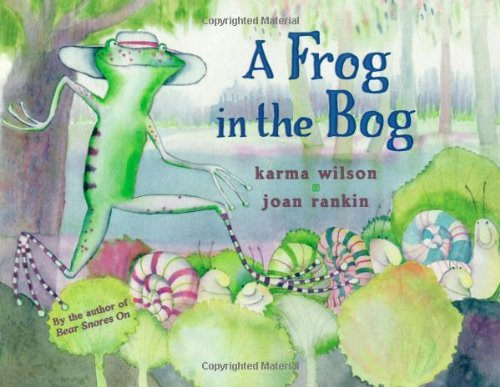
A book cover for A Frog in the Bog; Karma Wilson; Children's Books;